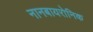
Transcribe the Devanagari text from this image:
नानबायरोनिक